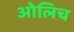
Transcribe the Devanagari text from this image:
ओलिच